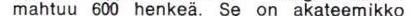
mahtuu 600 henkeä. Se on akateemikko